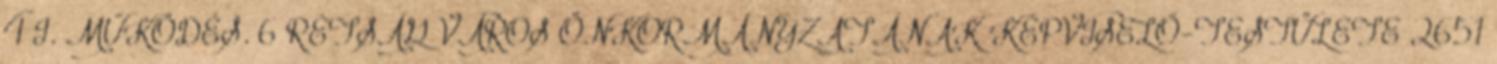
4 I. MŰKÖDÉS. 6 RÉTSÁG VÁROS ÖNKORMÁNYZATÁNAK KÉPVISELŐ-TESTÜLETE 2651